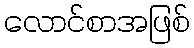
လောင်စာအဖြစ်